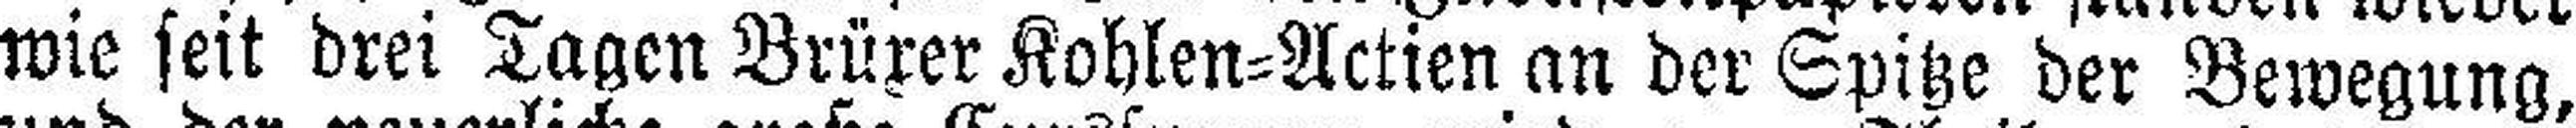
wie seit drei Tagen Brüxer Kohlen=Actien an der Spitze der Bewegung,